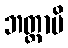
ဘတ္တာပိ